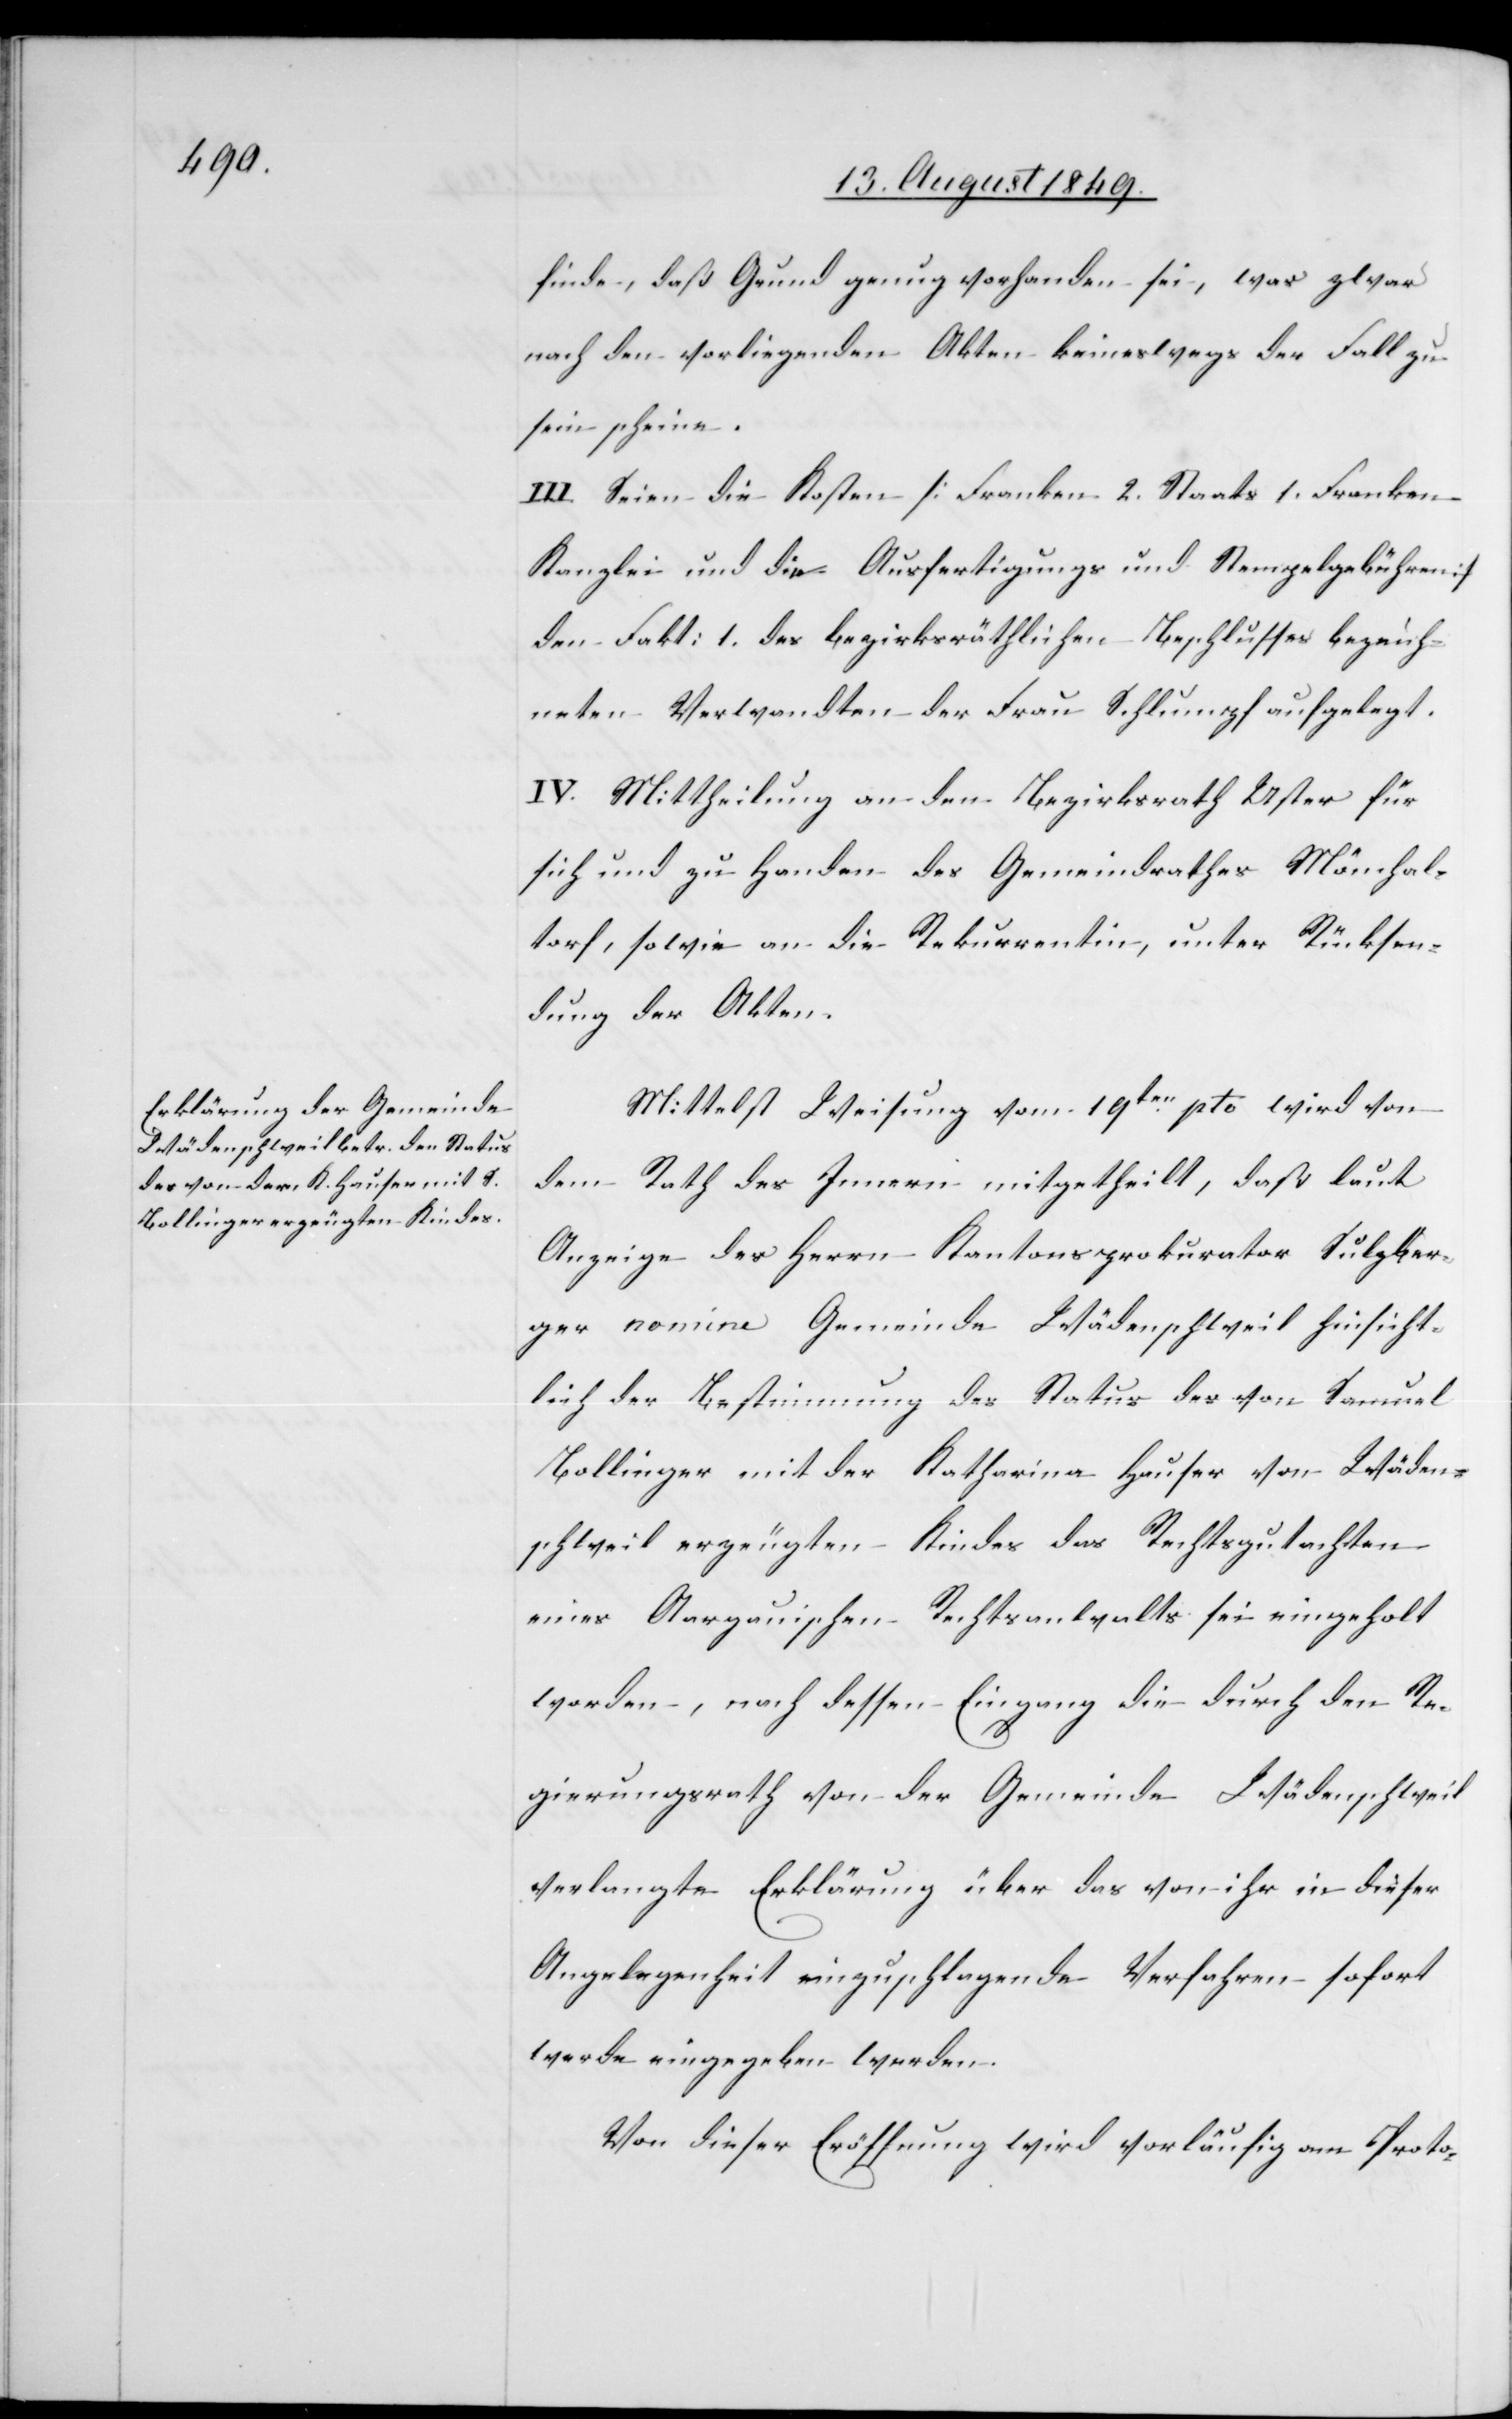
finde, daß Grund genug vorhanden sei, was zwar
nach den vorliegenden Akten keineswegs der Fall zu
sein scheine.
III. Seien die Kosten [Franken 2. Staats 1. Franken
Kanzlei und die Ausfertigungs und Stempelgebühren]
den Fakt: 1. des bezirksräthlichen Beschlusses bezeich¬
neten Verwandten der Frau Schlumpf aufgelegt.
IV. Mittheilung an den Bezirksrath Uster für
sich und zu Handen des Gemeindrathes Mönchal¬
torf, sowie an die Rekurrentin, unter Rücksen¬
dung der Akten.
Mittelst Weisung vom 19ten pto wird von
dem Rath des Innern mitgetheilt, daß laut
Anzeige des Herrn Kantonsprokurator Sulzber¬
ger nomine Gemeinde Wädenschweil hinsicht¬
lich der Bestimmung des Status des von Samuel
Bollinger mit der Katharina Hauser von Wäden¬
schweil erzeugten Kindes das Rechtsgutachten
eines Aargauischen Rechtsanwalts sei eingeholt
worden, nach dessen Eingang die durch den Re¬
gierungsrath von der Gemeinde Wädenschweil
verlangte Erklärung über das von ihr in dieser
Angelegenheit einzuschlagende Verfahren sofort
werde eingegeben werden.
Von dieser Eröffnung wird vorläufig am Proto-